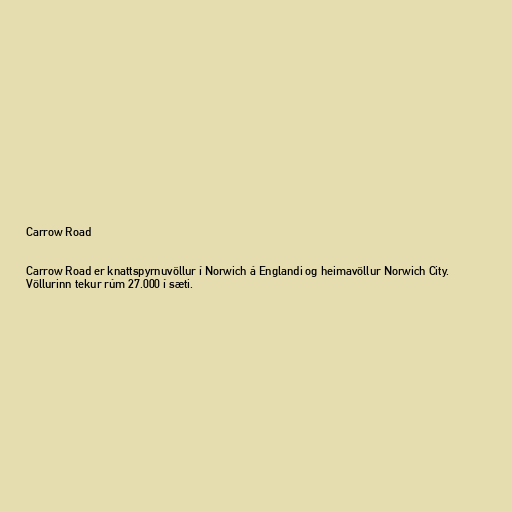
Carrow Road

Carrow Road er knattspyrnuvöllur í Norwich á Englandi og heimavöllur Norwich City.
Völlurinn tekur rúm 27.000 í sæti.